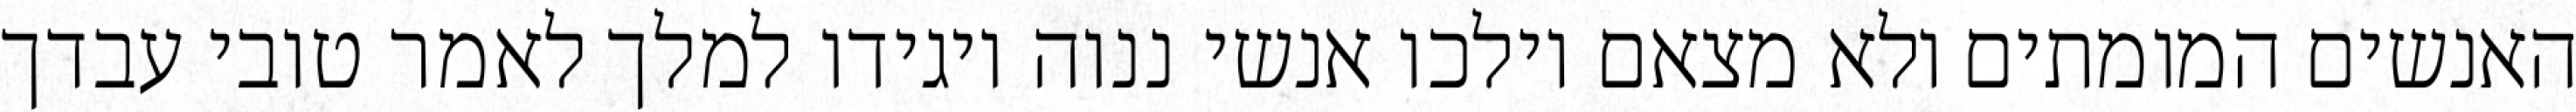
האנשים המומתים ולא מצאם וילכו אנשי ננוה ויגידו למלך לאמר טובי עבדך